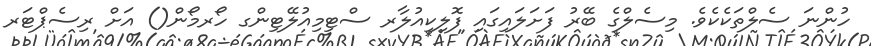
ހުންނަ ސެލްތަކެކެވެ. މިސެލްގެ ބޭރު ފަށަލައިގައި ފޮލިކިއުލާރ ސްޓިމިއުލޭޓިންގ ހޯރމޯން() އަށް ރިސެޕްޓަރ